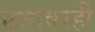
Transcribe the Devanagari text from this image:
छतावरही